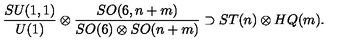
{ \frac { S U ( 1 , 1 ) } { U ( 1 ) } } \otimes { \frac { S O ( 6 , n + m ) } { S O ( 6 ) \otimes S O ( n + m ) } } \supset S T ( n ) \otimes H Q ( m ) .